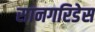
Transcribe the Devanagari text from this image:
सानगरिडेस